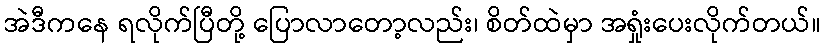
အဲဒီကနေ ရလိုက်ပြီတို့ ပြောလာတော့လည်း၊ စိတ်ထဲမှာ အရှုံးပေးလိုက်တယ်။